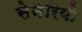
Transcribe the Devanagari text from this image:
सेनेरियो